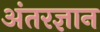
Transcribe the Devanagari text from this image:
अंतरज्ञान